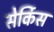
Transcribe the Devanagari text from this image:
सेर्किस